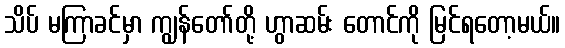
သိပ် မကြာခင်မှာ ကျွန်တော်တို့ ဟွာဆမ်း တောင်ကို မြင်ရတော့မယ်။